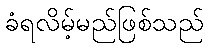
ခံရလိမ့်မည်ဖြစ်သည်